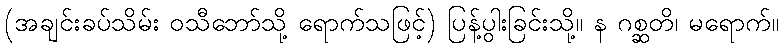
(အချင်းခပ်သိမ်း ဝသီဘော်သို့ ရောက်သဖြင့်) ပြန့်ပွါးခြင်းသို့။ န ဂစ္ဆတိ၊ မရောက်။